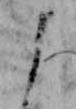
よ